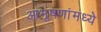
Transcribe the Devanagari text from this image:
आभूषणांमध्ये